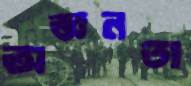
অজ্ঞনতা